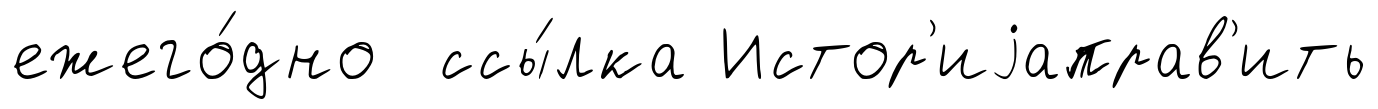
ежего́дно ссы́лка Истор'иjаправ'ить